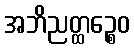
အဘိညတ္ထဉ္စေဝ